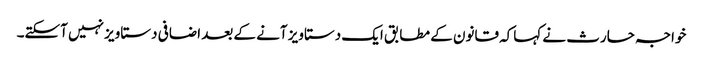
خواجہ حارث نے کہاکہ قانون کے مطابق ایک دستاویز آنے کے بعد اضافی دستاویز نہیں آسکتے۔